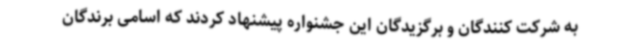
به شرکت کنندگان و برگزیدگان این جشنواره پیشنهاد کردند که اسامی برندگان